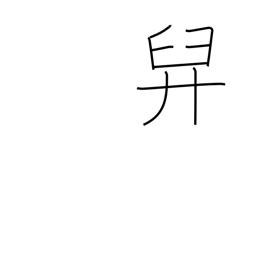
Meaning: bear